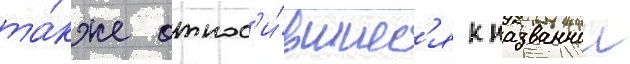
та́кже относ'и́вшиес'я к названнои